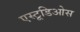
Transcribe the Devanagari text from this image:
एस्टूडिओस